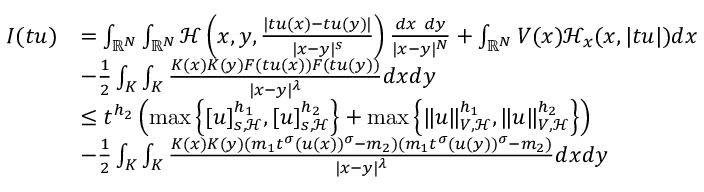
\begin{array} { r l } { I ( t u ) } & { = \int _ { { \mathbb R } ^ { N } } \int _ { { \mathbb R } ^ { N } } \mathcal { H } \left( x , y , \frac { | t u ( x ) - t u ( y ) | } { | x - y | ^ { s } } \right) \frac { d x \ d y } { | x - y | ^ { N } } + \int _ { { \mathbb R } ^ { N } } V ( x ) \mathcal { H } _ { x } ( x , | t u | ) d x } \\ & { - \frac { 1 } { 2 } \int _ { K } \int _ { K } \frac { K ( x ) K ( y ) F ( t u ( x ) ) F ( t u ( y ) ) } { | x - y | ^ { \lambda } } d x d y } \\ & { \leq t ^ { h _ { 2 } } \left( \operatorname* { m a x } \left\lbrace [ u ] _ { s , \mathcal { H } } ^ { h _ { 1 } } , [ u ] _ { s , \mathcal { H } } ^ { h _ { 2 } } \right\rbrace + \operatorname* { m a x } \left\lbrace \| u \| _ { V , \mathcal { H } } ^ { h _ { 1 } } , \| u \| _ { V , \mathcal { H } } ^ { h _ { 2 } } \right\rbrace \right) } \\ & { - \frac { 1 } { 2 } \int _ { K } \int _ { K } \frac { K ( x ) K ( y ) ( m _ { 1 } t ^ { \sigma } ( u ( x ) ) ^ { \sigma } - m _ { 2 } ) ( m _ { 1 } t ^ { \sigma } ( u ( y ) ) ^ { \sigma } - m _ { 2 } ) } { | x - y | ^ { \lambda } } d x d y } \end{array}